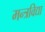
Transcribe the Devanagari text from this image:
मन्त्रविद्या